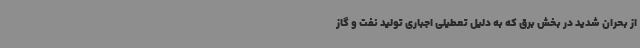
از بحران شدید در بخش برق که به دلیل تعطیلی اجباری تولید نفت و گاز